65_HS1-834228961_62-HQ-83894_Section_5
Agency: FBI
Page 99
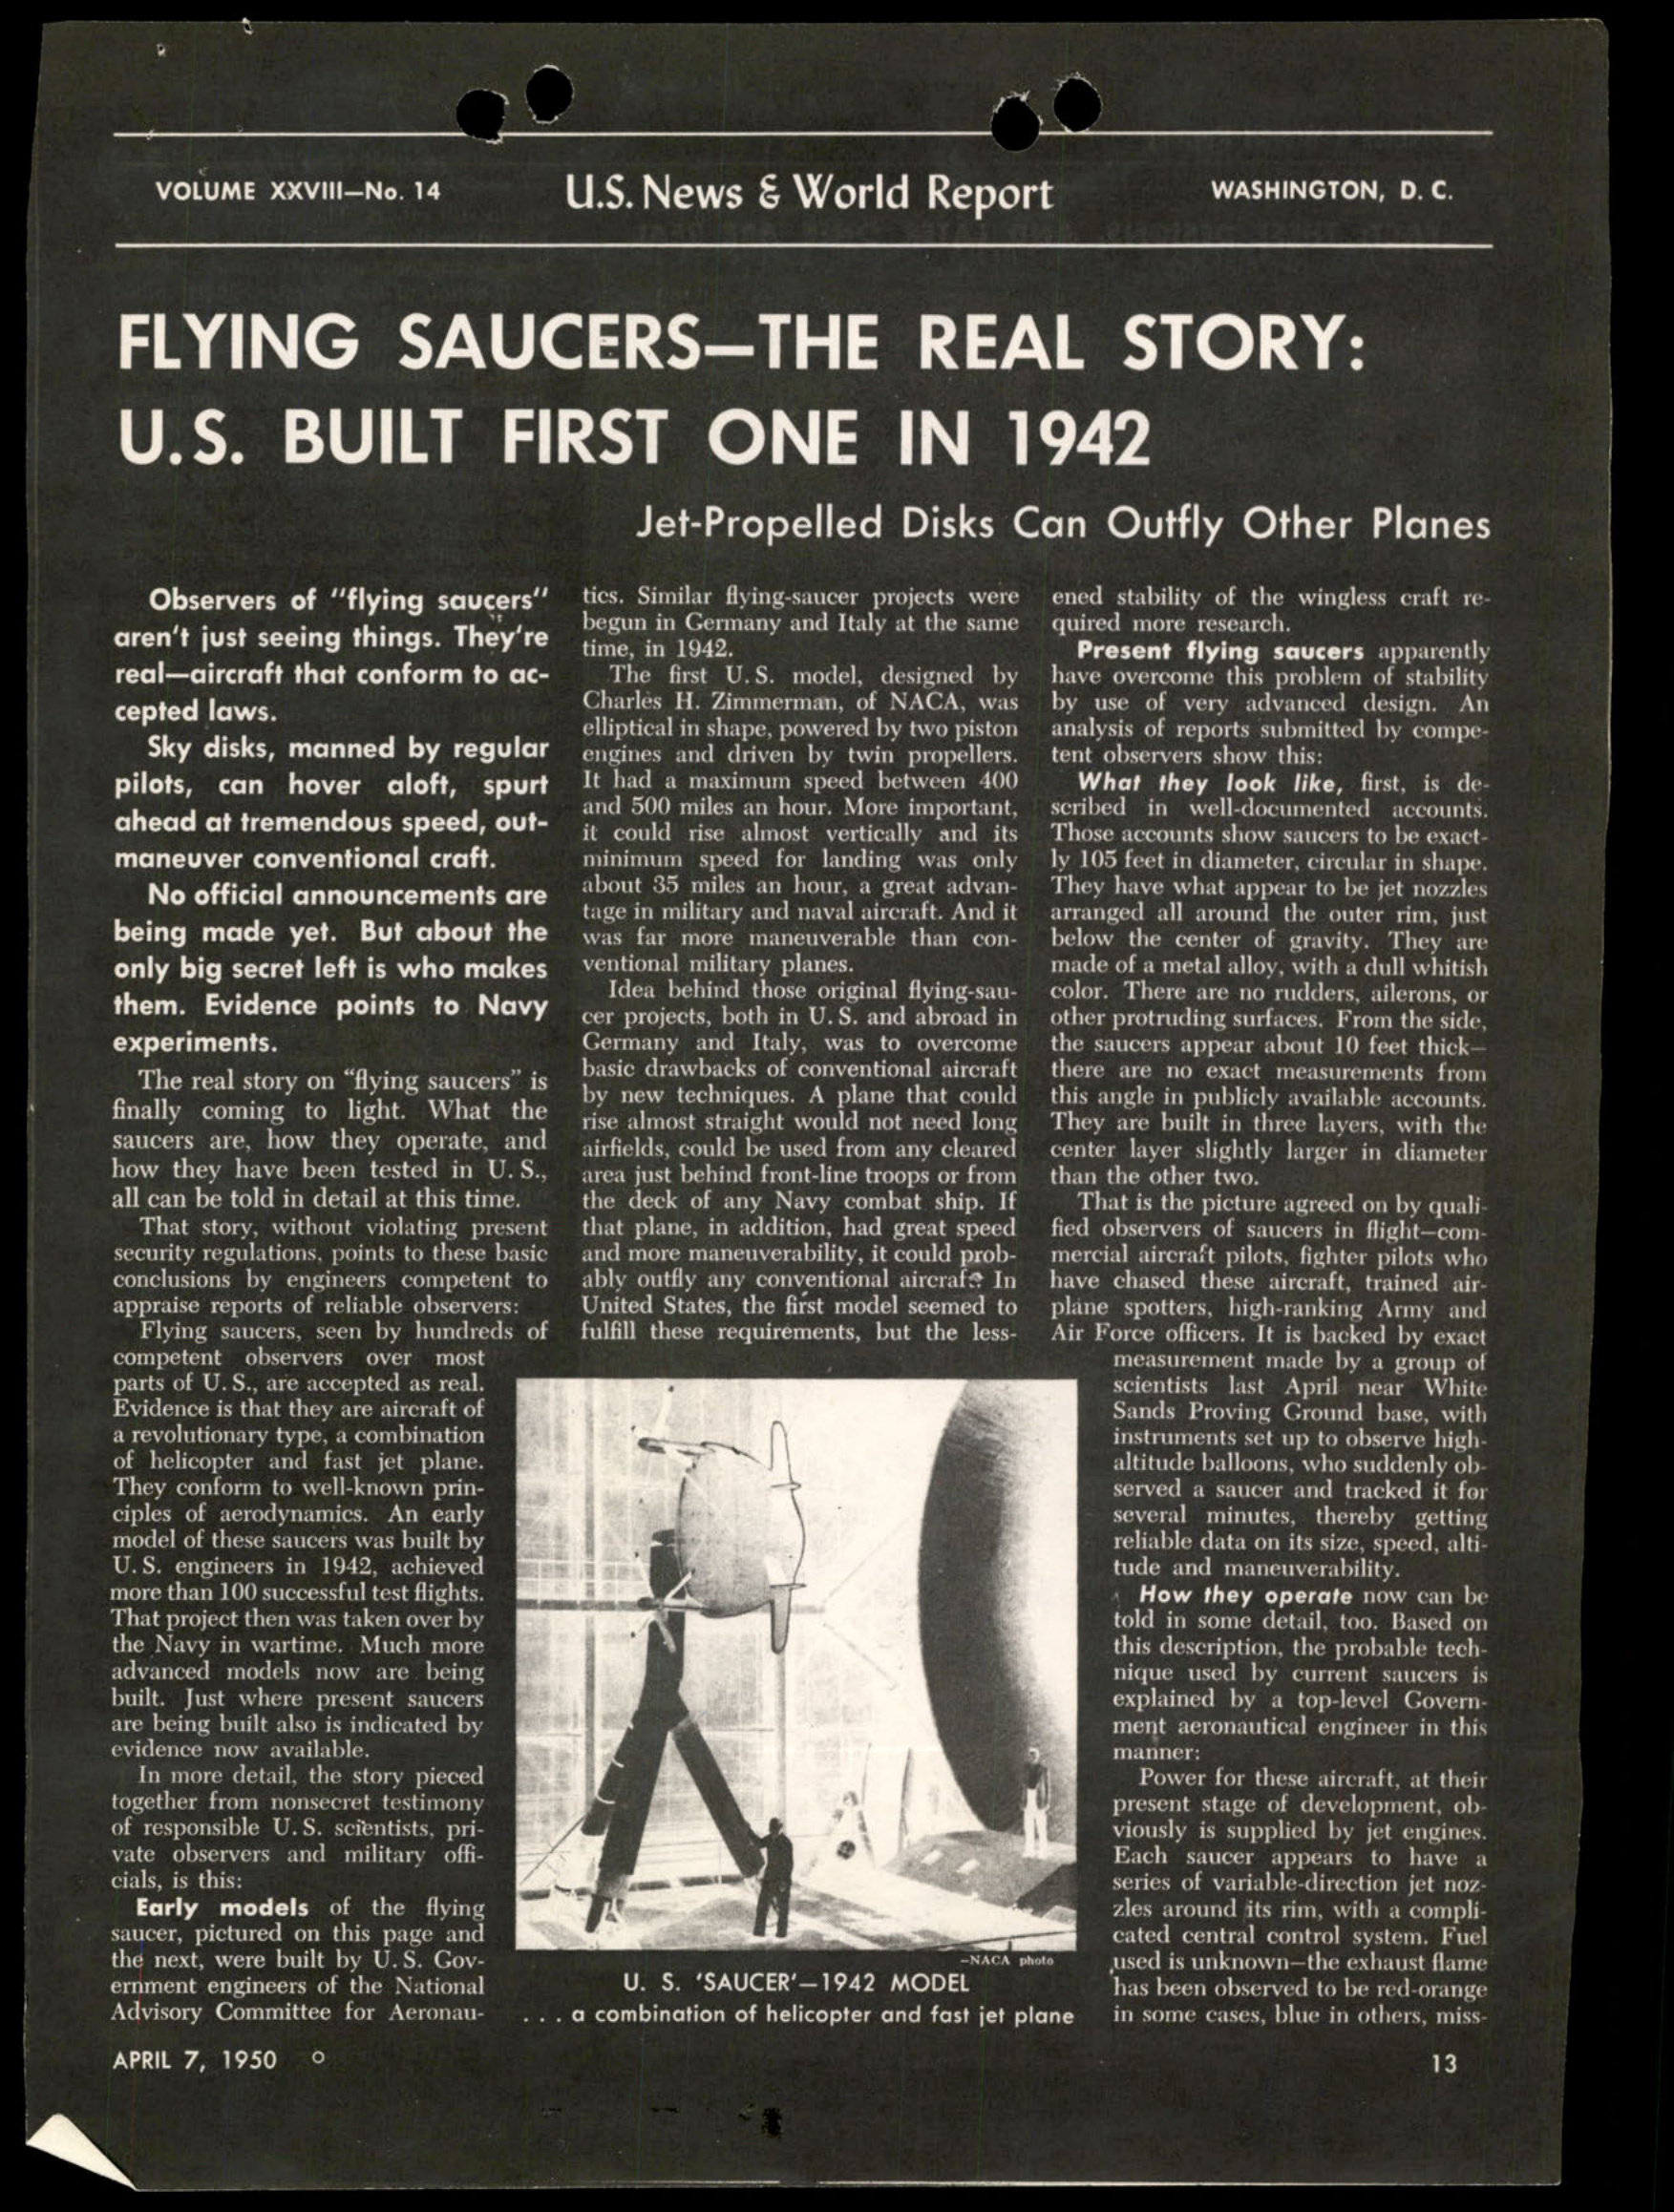